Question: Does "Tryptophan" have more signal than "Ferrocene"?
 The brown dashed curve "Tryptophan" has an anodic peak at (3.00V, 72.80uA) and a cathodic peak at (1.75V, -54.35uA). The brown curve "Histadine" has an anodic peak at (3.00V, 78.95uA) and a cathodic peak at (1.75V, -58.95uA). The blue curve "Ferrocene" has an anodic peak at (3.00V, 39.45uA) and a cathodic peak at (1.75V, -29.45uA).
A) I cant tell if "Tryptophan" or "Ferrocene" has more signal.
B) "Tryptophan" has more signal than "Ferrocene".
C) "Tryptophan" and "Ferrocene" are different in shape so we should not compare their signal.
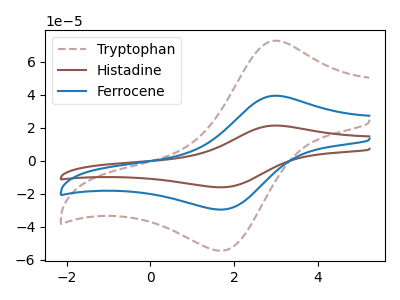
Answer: <think>All the peaks in "Tryptophan" have a peak in "Ferrocene" at the same potential. Every peak in "Tryptophan" is higher than every peak in "Ferrocene".
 </think>
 <answer>B) "Tryptophan" has more signal than "Ferrocene".</answer>
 <eval>B</eval>